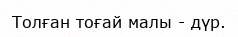
Толған тоғай малы - дүр.